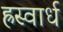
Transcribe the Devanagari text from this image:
ह्रस्वार्ध